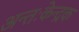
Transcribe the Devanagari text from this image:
अन्तःकेन्द्रक